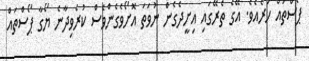
ޕޯސްތައް ހުރެއެވެ. އޭގެ ތެރޭގައި އިށީދެގެން ނުވަތަ އޮށޯވެގެންވެސް ކުރެވިދާނެ ޔޯގާ ޕޯސްތައް